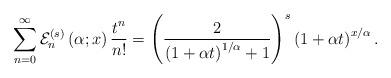
LaTeX: \begin{align*}\sum_{n=0}^{\infty}\mathcal{E}_{n}^{\left( s\right) }\left( \alpha;x\right) \frac{t^{n}}{n!}=\left( \frac{2}{\left( 1+\alpha t\right)^{1/\alpha}+1}\right) ^{s}\left( 1+\alpha t\right) ^{x/\alpha}. \end{align*}